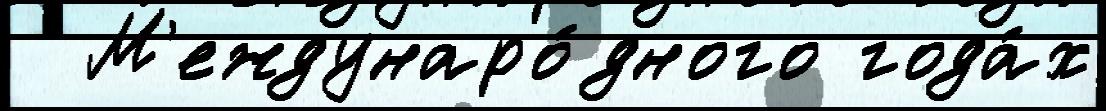
  М'еждунаро́дного года́х